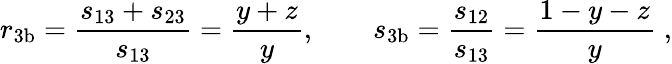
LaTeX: r_{\mathrm{3b}}=\frac{s_{13}+s_{23}}{s_{13}}=\frac{y+z}{y},\qquad s_{\mathrm{3b}}=\frac{s_{12}}{s_{13}}=\frac{1-y-z}{y}\; ,